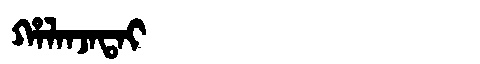
Manchu: ᡥᠠᠯᠠᠨᠵᠠᡨᠠᡳ
Romanization: HALANJATAI